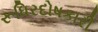
રૂધિરદોષકારી